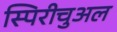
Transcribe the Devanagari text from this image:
स्पिरीचुअल